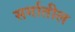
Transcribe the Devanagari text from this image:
सर्गातील